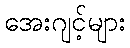
အေးဂျင့်များ